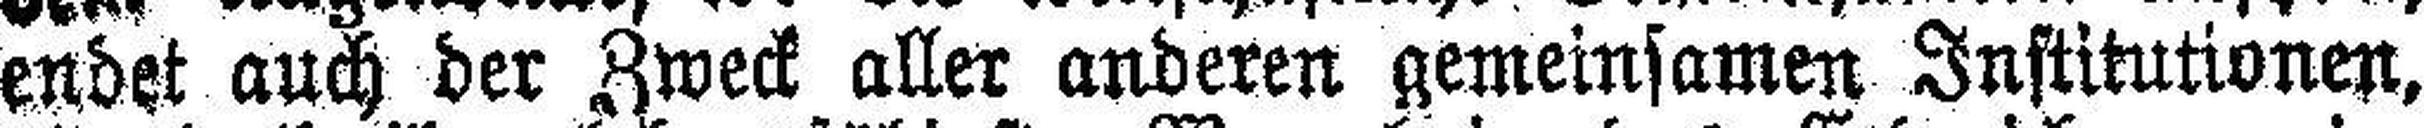
endet auch der Zweck aller anderen gemeinsamen Institutionen,